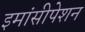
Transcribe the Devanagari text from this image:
इमांसीपेशन